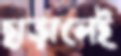
ছাড়ালেই